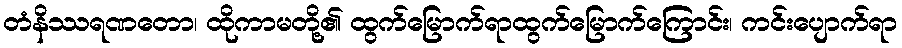
တံနိဿရဏတော၊ ထိုကာမတို့၏ ထွက်မြောက်ရာထွက်မြောက်ကြောင်း၊ ကင်းပျောက်ရာ